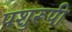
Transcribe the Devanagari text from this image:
पशुरूपी